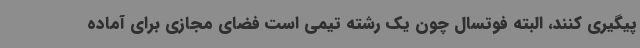
پیگیری کنند، البته فوتسال چون یک رشته تیمی است فضای مجازی برای آماده